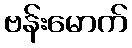
ဗန်းမောက်